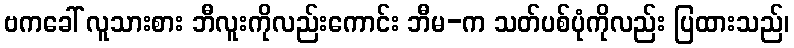
ဗကခေါ် လူသားစား ဘီလူးကိုလည်းကောင်း ဘီမ-က သတ်ပစ်ပုံကိုလည်း ပြထားသည်၊